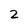
Character: 2